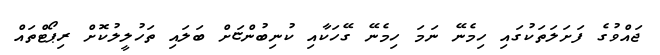
ޖައްވުގެ ފަށަލަތަކުގައި ހިމެނޭ ނަމަ ހިމެނޭ ގޭހަކާއި ކުނިބުންޏަށް ބަަލައި ތަހުލީލުކޮށް ރިޕޯޓްތައް